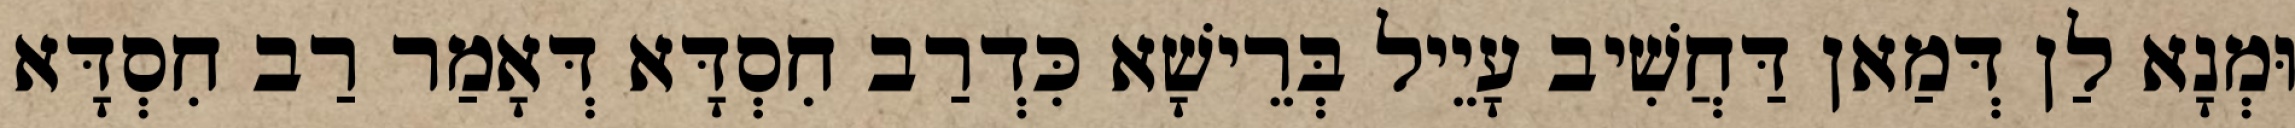
וּמְנָא לַן דְּמַאן דַּחֲשִׁיב עָיֵיל בְּרֵישָׁא כִּדְרַב חִסְדָּא דְּאָמַר רַב חִסְדָּא